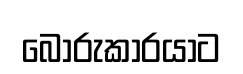
බොරුකාරයාට